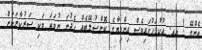
އެންގޭ ! އއ. އުކުޅަހުގައިވެސް އިންޑިޔާގެ ކޮންސުލޭޓެއް ހެދުނަ ނުވަތަ ވަކި ސަރުކާރަކަށް